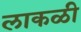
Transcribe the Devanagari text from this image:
लाकळी